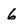
Character: 6